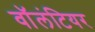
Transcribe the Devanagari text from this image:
वाॅलंटियर